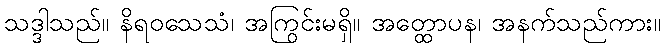
သဒ္ဒါသည်။ နိရဝသေသံ၊ အကြွင်းမရှိ။ အတ္ထောပန၊ အနက်သည်ကား။